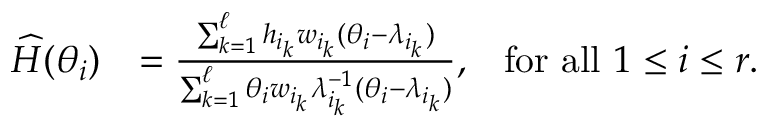
\begin{array} { r l r } { \ensuremath { \skew 4 \widehat { H } } ( \theta _ { i } ) } & { = \frac { \sum _ { k = 1 } ^ { \ell } h _ { i _ { k } } w _ { i _ { k } } ( \theta _ { i } - \lambda _ { i _ { k } } ) } { \sum _ { k = 1 } ^ { \ell } \theta _ { i } w _ { i _ { k } } \lambda _ { i _ { k } } ^ { - 1 } ( \theta _ { i } - \lambda _ { i _ { k } } ) } , } & { \mathrm { f o r ~ a l l } ~ 1 \leq i \leq r . } \end{array}